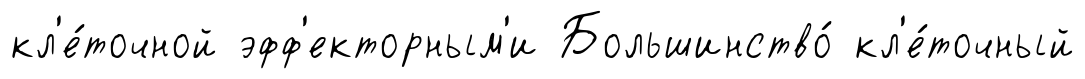
кл'е́точной эфф'екторным'и Большинство́ кл'е́точный